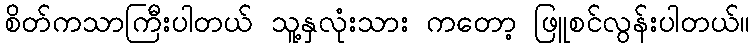
စိတ်ကသာကြီးပါတယ် သူ့နှလုံးသား ကတော့ ဖြူစင်လွန်းပါတယ်။